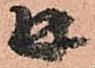
并